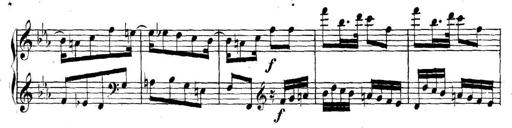
Title: Collected Piano Sonatas
Composer: Muzio Clementi